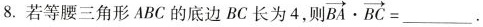
8.若等腰三角形ABC的底边BC长为4，则 $$\overrightarrow { B A } \cdot